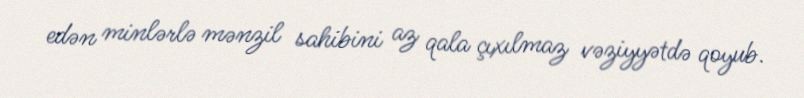
edən minlərlə mənzil sahibini az qala çıxılmaz vəziyyətdə qoyub.